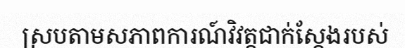
ស្របតាមសភាពការណ៍វិវត្តជាក់ស្តែងរបស់